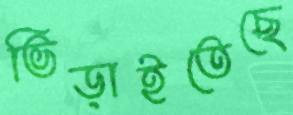
ভিড়াইতেছে